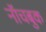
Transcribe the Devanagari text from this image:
नॉचबुक